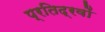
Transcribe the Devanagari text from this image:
प्रतिद्रवों